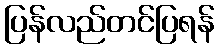
ပြန်လည်တင်ပြရန်